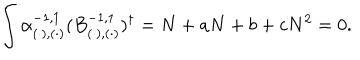
LaTeX: \int \alpha _ { ( \cdot ) , ( \cdot ) } ^ { - 1 , 1 } ( B _ { ( \cdot ) , ( \cdot ) } ^ { - 1 , 1 } ) ^ { \dagger } = N + a N + b + c N ^ { 2 } = 0 .